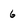
Character: 6